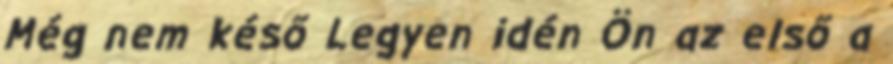
Még nem késő Legyen idén Ön az első a